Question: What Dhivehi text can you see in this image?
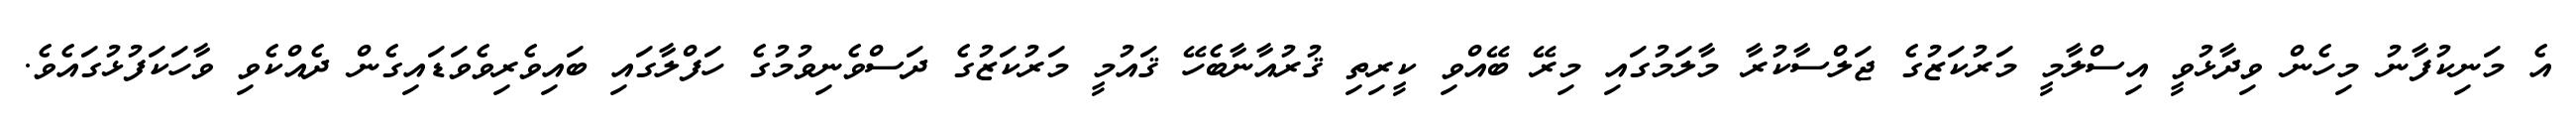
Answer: އެ މަނިކުފާނު މިހެން ވިދާޅުވީ އިސްލާމީ މަރުކަޒުގެ ޖަލްސާކުރާ މާލަމުގައި މިރޭ ބޭއްވި ކީރިތި ޤުރުއާނާބެހޭ ޤައުމީ މަރުކަޒުގެ ދަސްވެނިވުމުގެ ހަފްލާގައި ބައިވެރިވެވަޑައިގެން ދެއްކެވި ވާހަކަފުޅުގައެވެ.